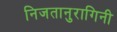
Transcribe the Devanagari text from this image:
निजतानुरागिनी